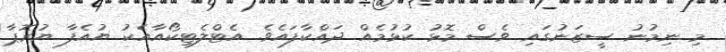
މި ނިމުނު ސީޒަނުގައި ވެސް މޮޅު ކުޅުމެއް ދައްކާފައެވެ. އެޓްލެޓިކޯއާއެކު ޔުއެފާ ޔުރޮޕާ